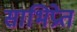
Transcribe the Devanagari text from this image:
साभिप्रेत